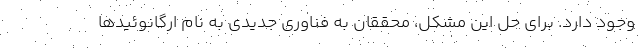
وجود دارد. برای حل این مشکل، محققان به فناوری جدیدی به نام ارگانوئیدها